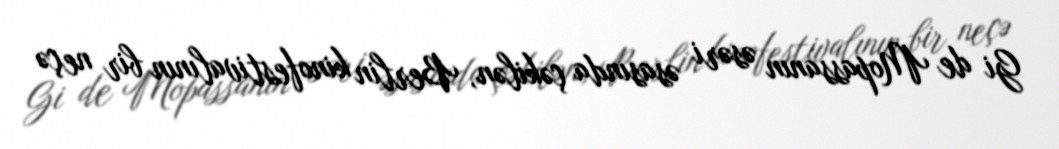
Gi de Mopassanın əsəri əsasında çəkilən, Berlin kinofestivalının bir neçə